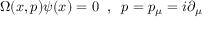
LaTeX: \Omega ( x , p ) \psi ( x ) = 0 \; \; , \; \; p = p _ { \mu } = i \partial _ { \mu }